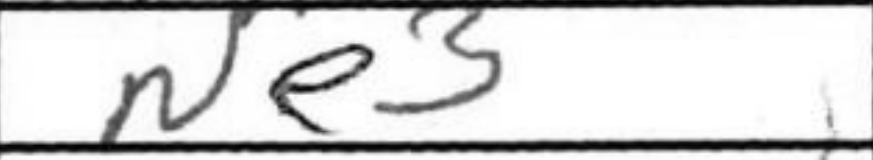
Transcription: Ne3